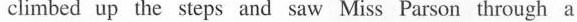
climbed up the steps and saw Miss Parson through a